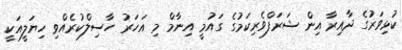
ކުޅިވަރުގެ ދާއިރާ އިން ޝަރަފްވެރިކަމުގެ ގައުމީ އިނާމް މި އަހަރު ހާސިލްކުރެއްވި ހިޔަލީއަކީ